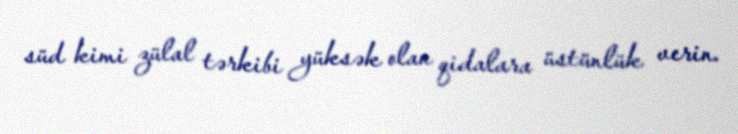
süd kimi zülal tərkibi yüksək olan qidalara üstünlük verin.